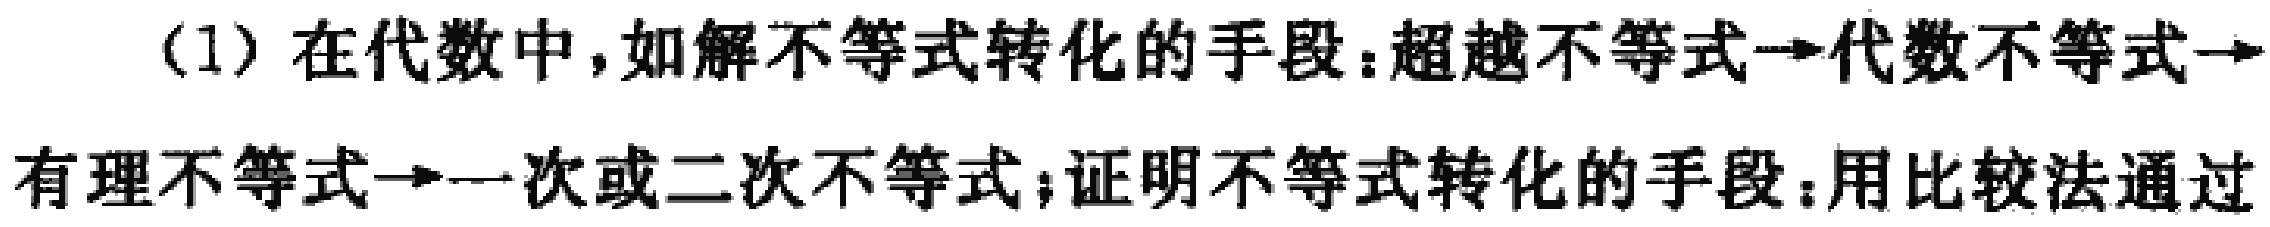
(1) 在代数中，如解不等式转化的手段：超越不等式→代数不等式→
有理不等式→一次或二次不等式；证明不等式转化的手段：用比较法通过